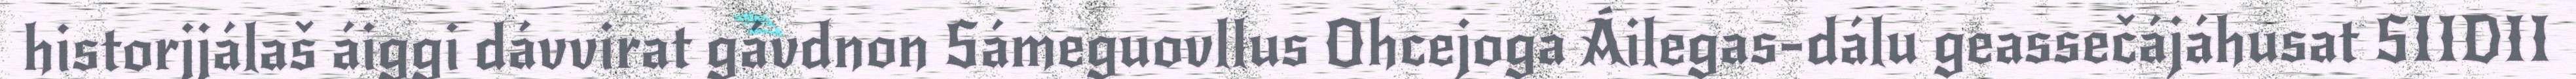
historjjálaš áiggi dávvirat gávdnon Sámeguovllus Ohcejoga Áilegas-dálu geassečájáhusat SIIDII